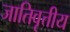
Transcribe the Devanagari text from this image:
जातिवृत्तीय